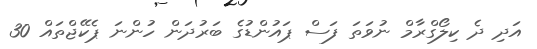
އަދި ދެ ކިލޯގްރާމް ނުވަތަ ފަސް ޕައުންޑުގެ ބަރުދަން ހުންނަ ޕެކޭޖްތައް 30